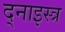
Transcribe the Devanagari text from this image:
द्नाइस्त्र